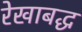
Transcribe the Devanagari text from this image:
रेखाबद्ध